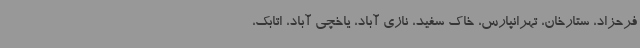
فرحزاد، ستارخان، تهرانپارس، خاک سفید، نازی آباد، یاخچی آباد، اتابک،